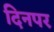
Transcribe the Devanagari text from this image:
दिनपर